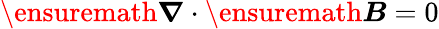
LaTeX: \ensuremath{\boldsymbol{\nabla}}\cdot\ensuremath{\boldsymbol{B}}=0